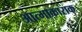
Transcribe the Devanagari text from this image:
आत्माकाराक